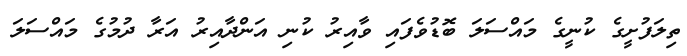
ތިލަފުށީގެ ކުނީގެ މައްސަލަ ބޮޑުވެފައި ވާއިރު ކުނި އަންދާއިރު އަރާ ދުމުގެ މައްސަލަ